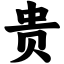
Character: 贵